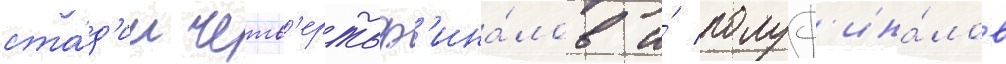
ста́д'ии четв'ертьф'ина́лов и́ полуф'ина́лов